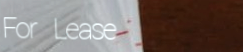
For Lease